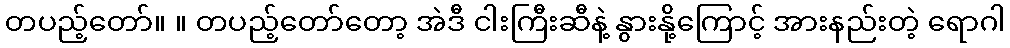
တပည့်တော်။ ။ တပည့်တော်တော့ အဲဒီ ငါးကြီးဆီနဲ့ နွားနို့ကြောင့် အားနည်းတဲ့ ရောဂါ